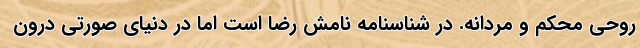
روحی محکم و مردانه. در شناسنامه نامش رضا است اما در دنیای صورتی درون